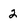
Character: 2